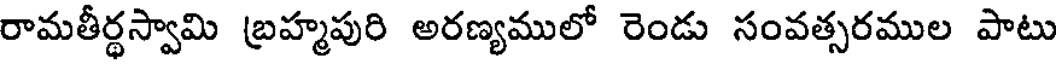
రామతీర్థస్వామి బ్రహ్మపురి అరణ్యములో రెండు సంవత్సరముల పాటు